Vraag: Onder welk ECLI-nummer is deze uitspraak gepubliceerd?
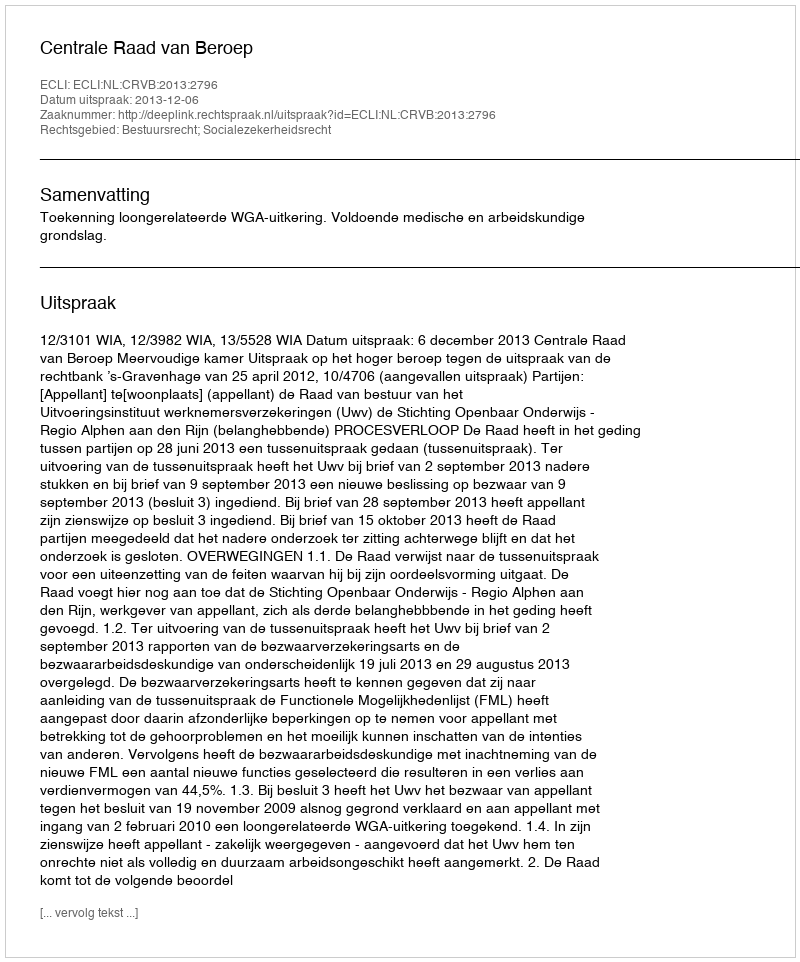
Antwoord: ECLI:NL:CRVB:2013:2796